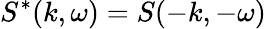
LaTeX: S^{*}(k,\omega)=S(-k,-\omega)